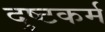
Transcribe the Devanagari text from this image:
दुष्टकर्म